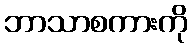
ဘာသာစကားကို